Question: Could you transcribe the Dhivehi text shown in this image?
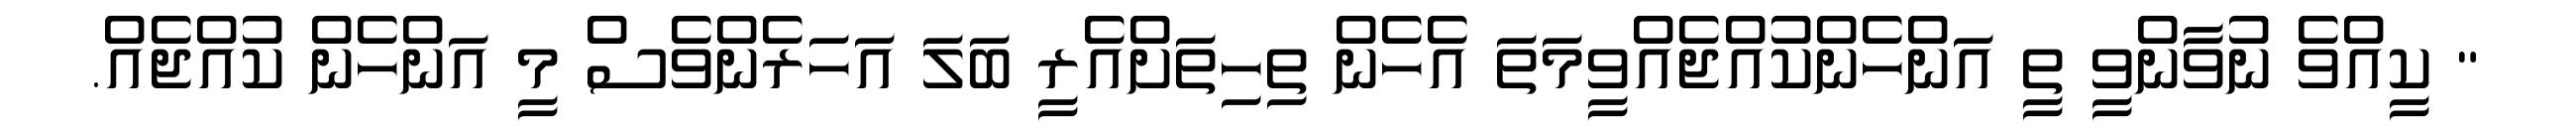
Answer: " ކީއްވެ ނުވާންވީ ތީ އަންހެންކުއްޖެއްވީމަތަ އެހެން ތިހިތަށްއެރީ ބަލަ އަހަރެންވެސް މީ އަންހެން ކުއްޖެއް.